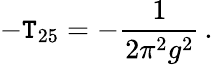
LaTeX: -\mathtt{T}_{25}=-\frac{{1}}{{2\pi^{2}g^{2}}}\, .